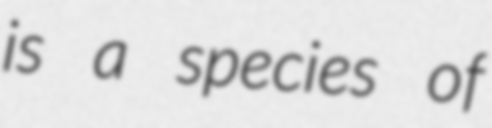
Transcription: is a species of